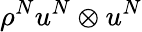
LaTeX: \rho^{N}u^{N}\otimes u^{N}